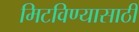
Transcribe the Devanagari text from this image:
मिटविण्यासाठी